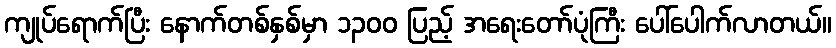
ကျုပ်ရောက်ပြီး နောက်တစ်နှစ်မှာ ၁၃၀၀ ပြည့် အရေးတော်ပုံကြီး ပေါ်ပေါက်လာတယ်။